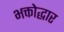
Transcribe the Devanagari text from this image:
भक्तोद्धार